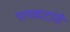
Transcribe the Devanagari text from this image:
पायवाटांनी